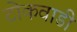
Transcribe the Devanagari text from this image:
टोकवाडी